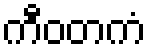
ကီဝတကံ